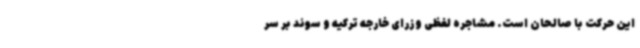
این حرکت با صالحان است. مشاجره لفظی وزرای خارجه ترکیه و سوئد بر سر